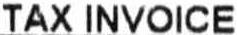
TAX INVOICE